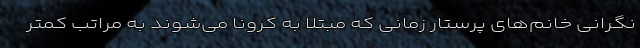
نگرانی خانم‌های پرستار زمانی که مبتلا به کرونا می‌شوند به مراتب کمتر